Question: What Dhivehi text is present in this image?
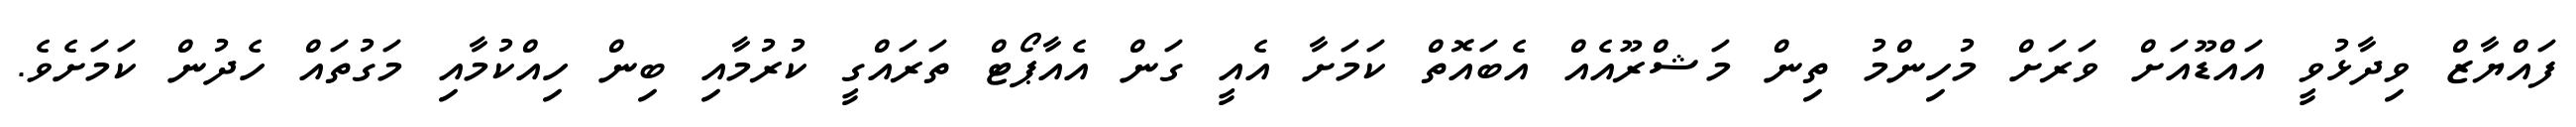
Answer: ފައްޔާޒް ވިދާޅުވީ އައްޑޫއަށް ވަރަށް މުހިންމު ތިން މަޝްރޫއެއް އެބައޮތް ކަމަށާ އެއީ ގަން އެއާޕޯޓް ތަރައްގީ ކުރުމާއި ބިން ހިއްކުމާއި މަގުތައް ހެދުން ކަމަށެވެ.